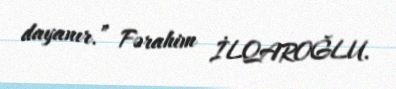
dayanır.” Fərahim İLQAROĞLU.